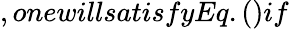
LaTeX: ,onewillsatisfyEq.()if